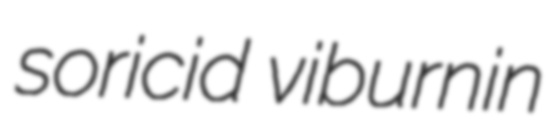
soricid viburnin